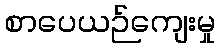
စာပေယဉ်ကျေးမှု